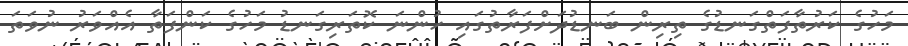
މަހުގެ ކަރުތާފަތްގަނޑުގެ ތިރިން ބަނޑުދަށްފަރާތުގައި ހުންނަ ކޮތަރިގަނޑު މަހުގެ ކަންފަތާ އެއްވަރު ނުވަތަ